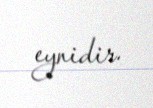
eynidir.